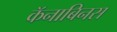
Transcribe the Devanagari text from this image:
कॅनाबिनस